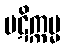
ပဋိက္ကမ္မ